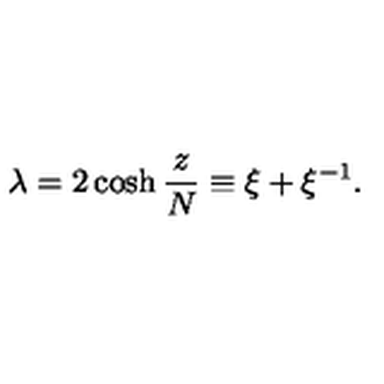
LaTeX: \lambda = 2 \cosh { \frac { z } { N } } \equiv \xi + \xi ^ { - 1 } .